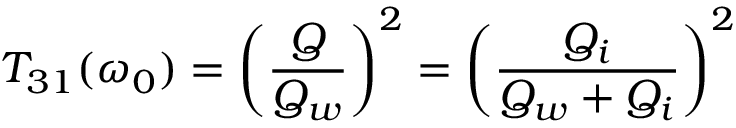
T _ { 3 1 } ( \omega _ { 0 } ) = \left( \frac { Q } { Q _ { w } } \right) ^ { 2 } = \left( \frac { Q _ { i } } { Q _ { w } + Q _ { i } } \right) ^ { 2 }